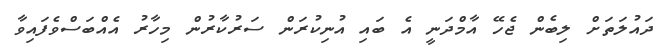
ދައުލަތަށް ލިބެން ޖެހޭ އާމްދަނީ އެ ބައި އުނިކުރަން ސަރުކާރުން މިހާރު އެއްބަސްވެފައިވާ